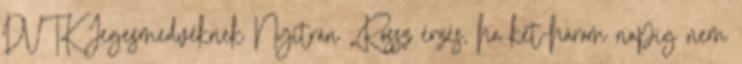
DVTK Jegesmedvéknek Nyitrán „Rossz érzés, ha két-három napig nem